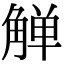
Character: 觯